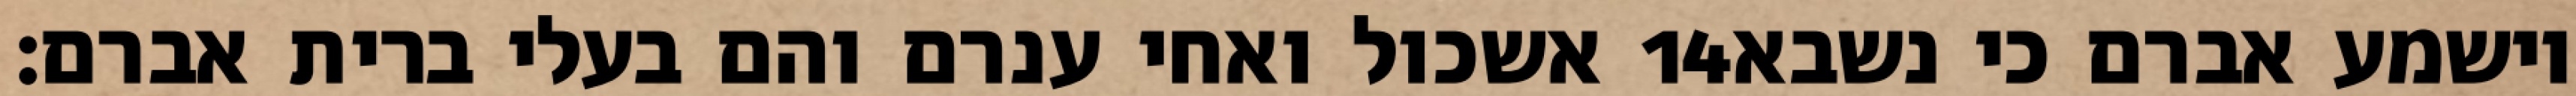
אשכול ואחי ענרם והם בעלי ברית אברם׃ ‎14‏ וישמע אברם כי נשבא